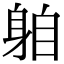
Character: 𨈻